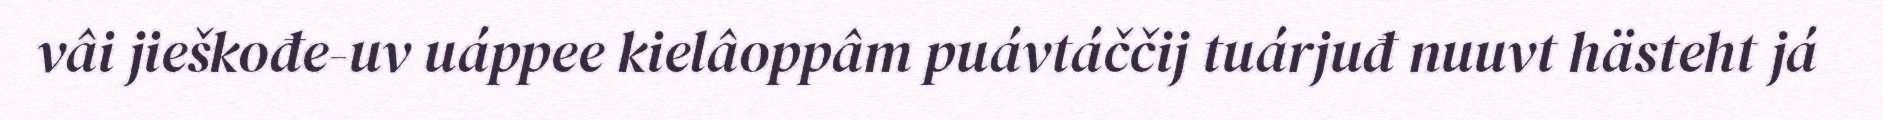
vâi jieškođe-uv uáppee kielâoppâm puávtáččij tuárjuđ nuuvt hästeht já